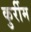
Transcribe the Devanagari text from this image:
कुर्रीम